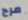
مرح